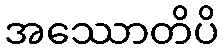
အဿောတိပိ